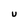
Character: u